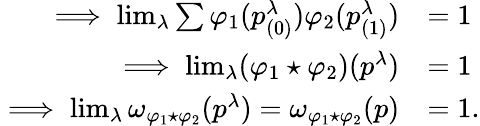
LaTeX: \begin{array}{rl}{\implies\operatorname*{lim}_{\lambda}\sum\varphi_{1}(p_{(0)}^{\lambda})\varphi_{2}(p_{(1)}^{\lambda})}&{=1}\\ {\implies\operatorname*{lim}_{\lambda}(\varphi_{1}\star\varphi_{2})(p^{\lambda})}&{=1}\\ {\implies\operatorname*{lim}_{\lambda}\omega_{\varphi_{1}\star\varphi_{2}}(p^{\lambda})=\omega_{\varphi_{1}\star\varphi_{2}}(p)}&{=1.}\end{array}